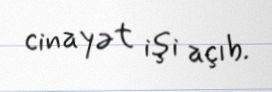
cinayət işi açıb.